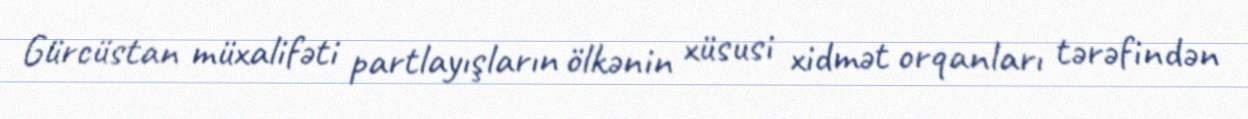
Gürcüstan müxalifəti partlayışların ölkənin xüsusi xidmət orqanları tərəfindən